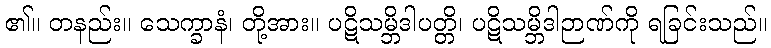
၏။ တနည်း။ သေက္ခာနံ၊ တို့အား။ ပဋိသမ္ဘိဒါပတ္တိ၊ ပဋိသမ္ဘိဒါဉာဏ်ကို ရခြင်းသည်။